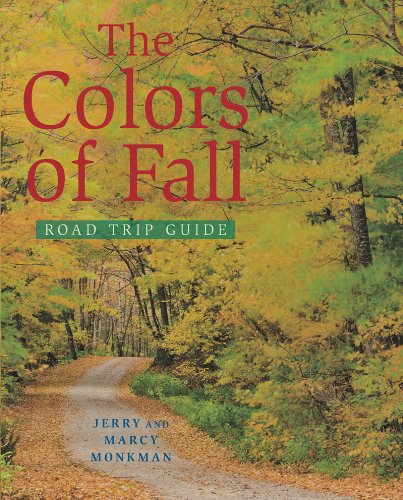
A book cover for The Colors of Fall Road Trip Guide; Jerry Monkman; Sports & Outdoors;